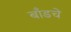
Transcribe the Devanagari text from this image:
बाँडचे